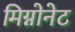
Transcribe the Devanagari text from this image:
मिग्नोनेट